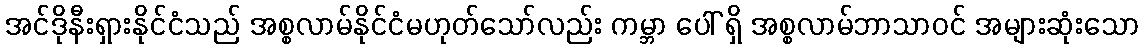
အင်ဒိုနီးရှားနိုင်ငံသည် အစ္စလာမ်နိုင်ငံမဟုတ်သော်လည်း ကမ္ဘာ ပေါ် ရှိ အစ္စလာမ်ဘာသာဝင် အများဆုံးသော